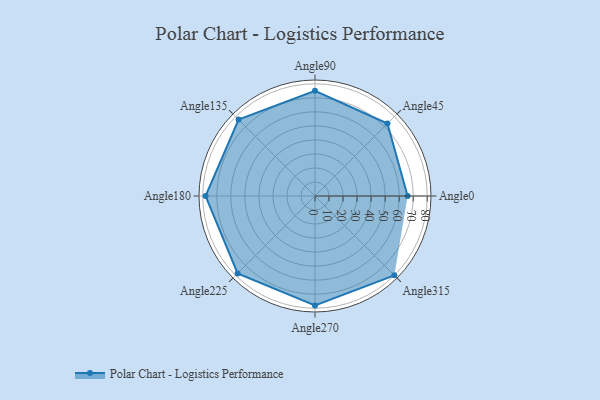
{"axis": {"x": "Angle", "y": "Radius"}, "legend": [""], "data": [{"x": "Angle0", "y": 66.0, "type": ""}, {"x": "Angle45", "y": 73.0, "type": ""}, {"x": "Angle90", "y": 75.0, "type": ""}, {"x": "Angle135", "y": 77.0, "type": ""}, {"x": "Angle180", "y": 78.0, "type": ""}, {"x": "Angle225", "y": 78.0, "type": ""}, {"x": "Angle270", "y": 78.0, "type": ""}, {"x": "Angle315", "y": 80.0, "type": ""}]}